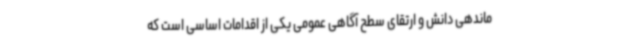
ماندهی دانش و ارتقای سطح آگاهی عمومی یکی از اقدامات اساسی است که